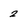
Character: 2